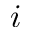
i